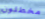
مخطئون